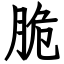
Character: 脆